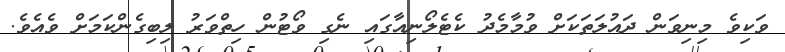
ވަކިވެ މިނިވަން ދައުލަތަކަށް ވުމާމެދު ކެޓެލޯނިއާގައި ނެގި ވޯޓުން ހިތްވަރު ލިބިގެންކަމަށް ވެއެވެ.